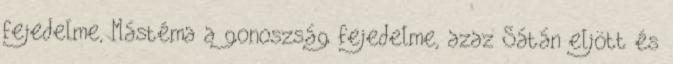
fejedelme, Mástéma a gonoszság fejedelme, azaz Sátán eljött és